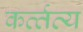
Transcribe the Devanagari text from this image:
कर्त्‍तव्‍य